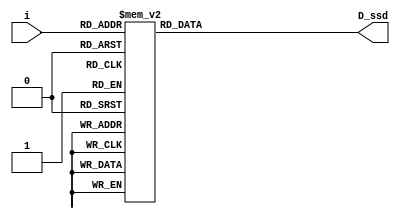
`timescale 1ns / 1ps
//////////////////////////////////////////////////////////////////////////////////
// Company: 
// Engineer: 
// 
// Design Name: 
// Module Name: D_ssd
// Project Name: 
// Target Devices: 
// Tool Versions: 
// Description: 
// 
// Dependencies: 
// 
// Revision:
// Revision 0.01 - File Created
// Additional Comments:
// 
//////////////////////////////////////////////////////////////////////////////////

`define SS_0 8'b00000011
`define SS_1 8'b10011111
`define SS_2 8'b00100101
`define SS_3 8'b00001101
`define SS_4 8'b10011001
`define SS_5 8'b01001001
`define SS_6 8'b01000001
`define SS_7 8'b00011111
`define SS_8 8'b00000001
`define SS_9 8'b00001001
`define SS_A 8'b00010001
`define SS_S 8'b11111101
`define SS_M 8'b10010011

module D_ssd(
    output reg [7:0] D_ssd,
    input [3:0] i
    );
    
    always @*
        case(i)
            4'd0: D_ssd = `SS_0;
            4'd1: D_ssd = `SS_1;
            4'd2: D_ssd = `SS_2;
            4'd3: D_ssd = `SS_3;
            4'd4: D_ssd = `SS_4;
            4'd5: D_ssd = `SS_5;
            4'd6: D_ssd = `SS_6;
            4'd7: D_ssd = `SS_7;
            4'd8: D_ssd = `SS_8;
            4'd9: D_ssd = `SS_9;
            4'd10 : D_ssd = `SS_A;
            4'd11 : D_ssd = `SS_S;
            4'd12 : D_ssd = `SS_M;
            default: D_ssd = 8'b11111111;
        endcase
    
endmodule